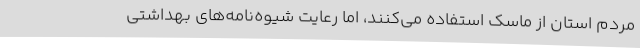
مردم استان از ماسک استفاده می‌کنند، اما رعایت شیوه‌نامه‌های بهداشتی